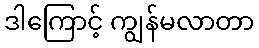
ဒါကြောင့် ကျွန်မလာတာ